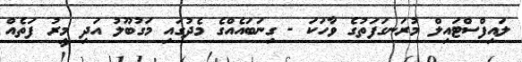
ލައިފްސްޓައިލް މުރަނގަފަތުގެ ވާހަކަ - ގިނަބައެއްގެ މެދުގައި މަގުބޫލު އަދި މީރު ފަތެއް